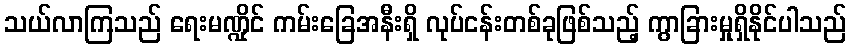
သယ်လာကြသည် ရေးမဏ္ဍိုင် ကမ်းခြေအနီးရှိ လုပ်ငန်းတစ်ခုဖြစ်သည့် ကွာခြားမှုရှိနိုင်ပါသည်